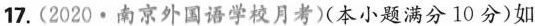
17.(2020·南京外国语学校月考)(本小题满分10分)如